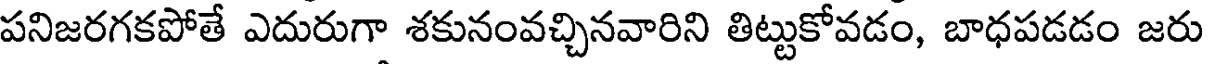
పనిజరగకపోతే ఎదురుగా శకునంవచ్చినవారిని తిట్టుకోవడం, బాధపడడం జరు